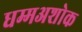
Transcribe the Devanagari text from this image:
धम्मअशोक